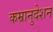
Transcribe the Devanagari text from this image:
कम्रानुदेशन